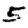
Digit: 5